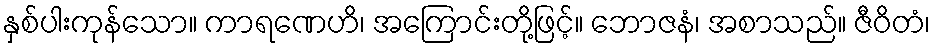
နှစ်ပါးကုန်သော။ ကာရဏေဟိ၊ အကြောင်းတို့ဖြင့်။ ဘောဇနံ၊ အစာသည်။ ဇီဝိတံ၊